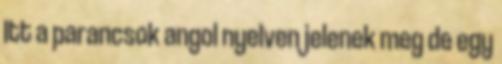
Itt a parancsok angol nyelven jelenek meg de egy